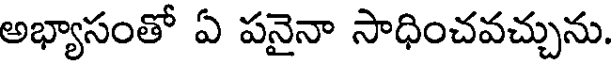
అభ్యాసంతో ఏ పనైనా సాధించవచ్చును.